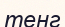
тенг